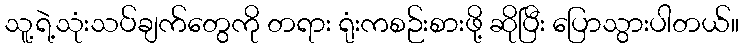
သူ့ရဲ့သုံးသပ်ချက်တွေကို တရား ရုံးကစဉ်းစားဖို့ ဆိုပြီး ပြောသွားပါတယ်။